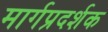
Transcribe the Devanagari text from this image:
मार्गप्रदर्शक